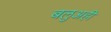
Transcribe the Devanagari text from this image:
बलुअही